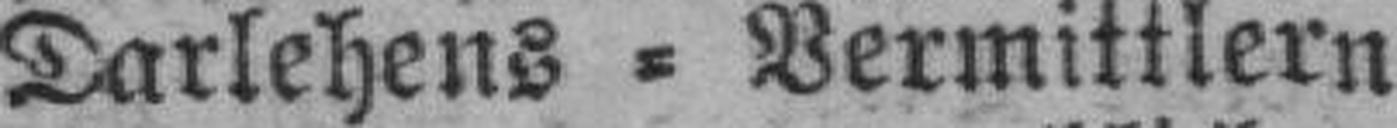
Darlehens = Vermittlern